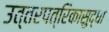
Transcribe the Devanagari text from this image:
उत्तरपत्रिकासुद्धा